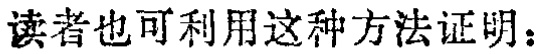
读者也可利用这种方法证明：